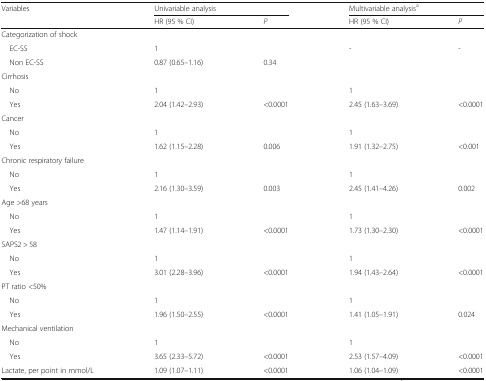
| <ROWSPAN=2> Variables | <COLSPAN=2> Univariable analysis | <COLSPAN=2> Multivariable analysisa |
 | HR (95 % CI) | P | HR (95 % CI) | P |
 | --- | --- | --- | --- | --- |
 | <COLSPAN=5> Categorization of shock |
 | EC-SS | 1 |  | - | - |
 | Non EC-SS | 0.87 (0.65–1.16) | 0.34 |  |  |
 | <COLSPAN=5> Cirrhosis |
 | No | 1 |  | 1 |  |
 | Yes | 2.04 (1.42–2.93) | <0.0001 | 2.45 (1.63–3.69) | <0.0001 |
 | <COLSPAN=5> Cancer |
 | No | 1 |  | 1 |  |
 | Yes | 1.62 (1.15–2.28) | 0.006 | 1.91 (1.32–2.75) | <0.001 |
 | <COLSPAN=5> Chronic respiratory failure |
 | No | 1 |  | 1 |  |
 | Yes | 2.16 (1.30–3.59) | 0.003 | 2.45 (1.41–4.26) | 0.002 |
 | <COLSPAN=5> Age >68 years |
 | No | 1 |  | 1 |  |
 | Yes | 1.47 (1.14–1.91) | <0.0001 | 1.73 (1.30–2.30) | <0.0001 |
 | <COLSPAN=5> SAPS2 > 58 |
 | No | 1 |  | 1 |  |
 | Yes | 3.01 (2.28–3.96) | <0.0001 | 1.94 (1.43–2.64) | <0.0001 |
 | <COLSPAN=5> PT ratio <50% |
 | No | 1 |  | 1 |  |
 | Yes | 1.96 (1.50–2.55) | <0.0001 | 1.41 (1.05–1.91) | 0.024 |
 | <COLSPAN=5> Mechanical ventilation |
 | No | 1 |  | 1 |  |
 | Yes | 3.65 (2.33–5.72) | <0.0001 | 2.53 (1.57–4.09) | <0.0001 |
 | Lactate, per point in mmol/L | 1.09 (1.07–1.11) | <0.0001 | 1.06 (1.04–1.09) | <0.0001 |